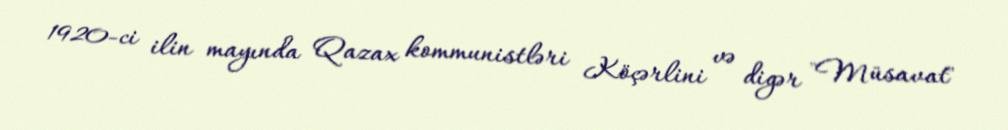
1920-ci ilin mayında Qazax kommunistləri Köçərlini və digər "Müsavat"